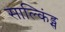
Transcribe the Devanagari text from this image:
साल्किंड्स